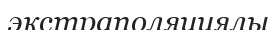
экстраполяциялы